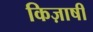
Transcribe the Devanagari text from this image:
किज़ाषी